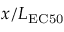
x / L _ { \mathrm { E C 5 0 } }